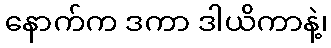
နောက်က ဒကာ ဒါယိကာနဲ့၊